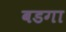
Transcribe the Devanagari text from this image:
बडगा